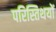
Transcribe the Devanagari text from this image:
परिस्तिथयों